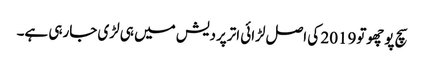
سچ پوچھوتو2019 کی اصل لڑائی اترپردیش میں ہی لڑی جارہی ہے۔